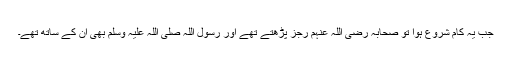
جب یہ کام شروع ہوا تو صحابہ رضی اللہ عنہم رجز پڑھتے تھے اور رسول اللہ صلی اللہ علیہ وسلم بھی ان کے ساتھ تھے۔